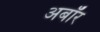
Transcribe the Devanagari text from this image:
अबॉर